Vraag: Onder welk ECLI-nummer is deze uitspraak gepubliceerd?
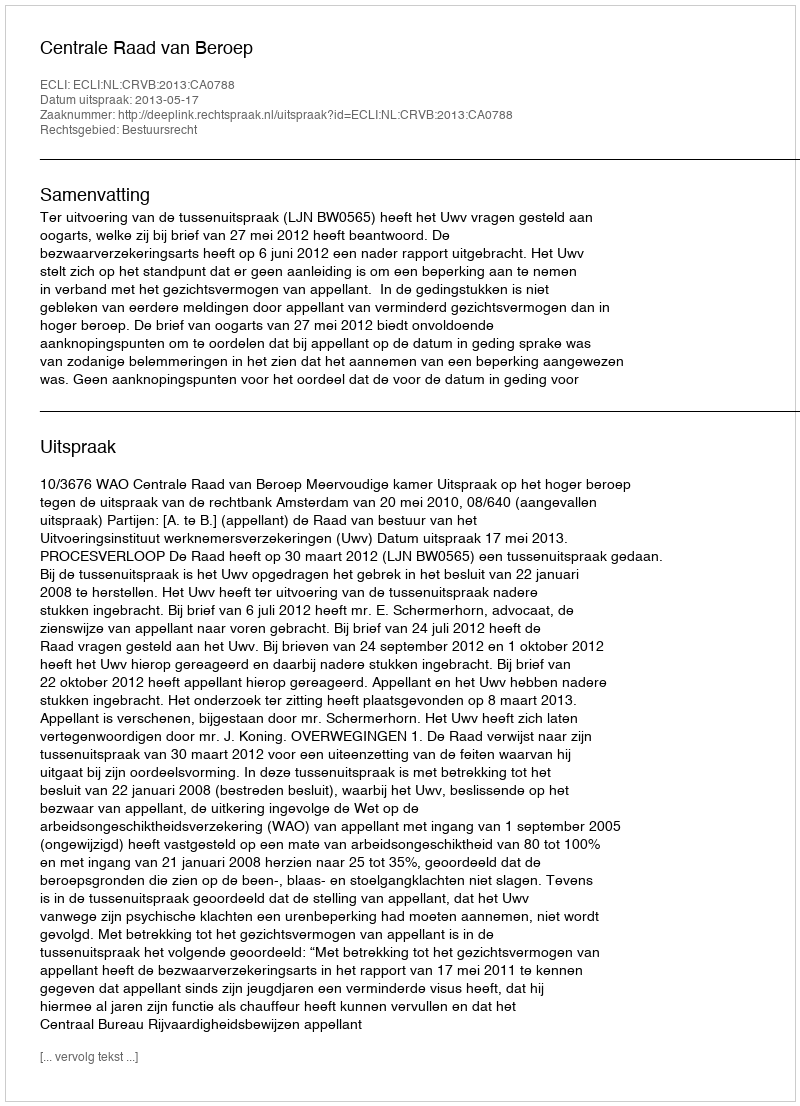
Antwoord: ECLI:NL:CRVB:2013:CA0788